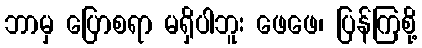
ဘာမှ ပြောစရာ မရှိပါဘူး ဖေဖေ၊ ပြန်ကြစို့